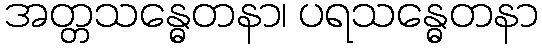
အတ္တသန္ဓေတနာ၊ ပရသန္ဓေတနာ